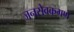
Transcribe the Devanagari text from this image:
जनसेवकगण